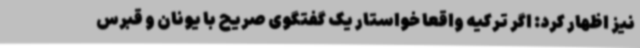
نیز اظهار کرد: اگر ترکیه واقعا خواستار یک گفتگوی صریح با یونان و قبرس